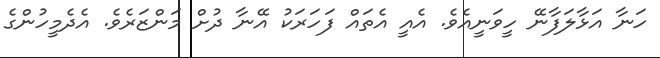
ހަނާ އަޅާލަފާނޭ ހީވަނީއެވެ. އެއީ އެތައް ފަހަރަކު އޭނާ ދުށް މަންޒަރެވެ. އެދެމީހުންގެ